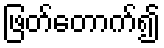
ဖြတ်တောက်၍